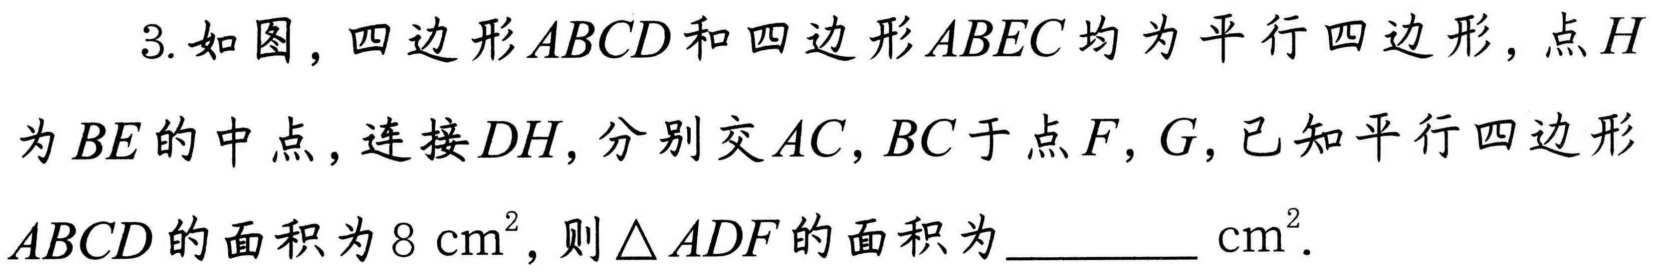
3. 如图，四边形\(ABCD\)和四边形\(ABEC\)均为平行四边形，点\(H\)为\(BE\)的中点，连接\(DH\)，分别交\(AC,BC\)于点\(F,G\)，已知平行四边形\(ABCD\)的面积为\(8\mathrm{cm}^{2}\)，则\(\triangle ADF\)的面积为________\(\mathrm{cm}^{2}\).